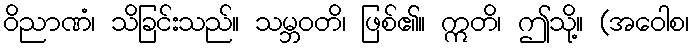
ဝိညာဏံ၊ သိခြင်းသည်။ သမ္ဘဝတိ၊ ဖြစ်၏။ ဣတိ၊ ဤသို့။ (အဝေါစ၊